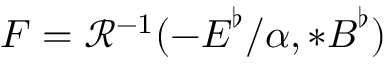
F = \mathcal { R } ^ { - 1 } ( - \boldsymbol { E } ^ { \flat } / \alpha , * \boldsymbol { B } ^ { \flat } )